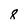
Character: 8